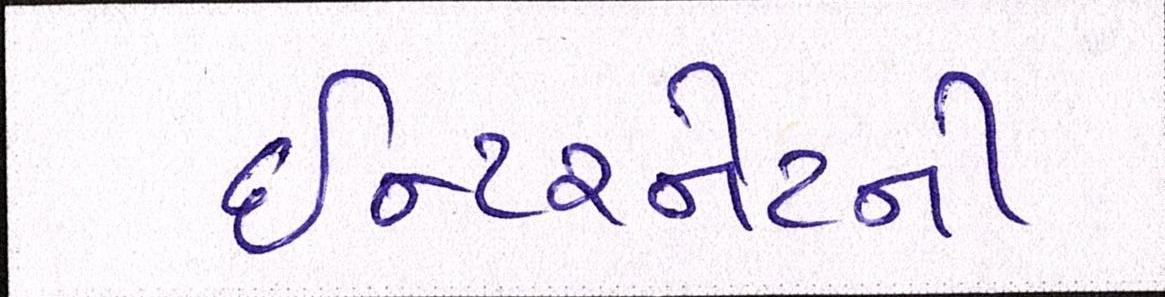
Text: ઈન્ટરનેટની